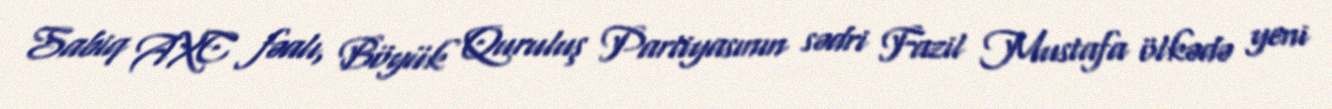
Sabiq AXC fəalı, Böyük Quruluş Partiyasının sədri Fazil Mustafa ölkədə yeni